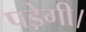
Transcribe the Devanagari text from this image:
पडे़गी।